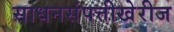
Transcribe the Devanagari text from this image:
साधनसंपत्तीखेरीज